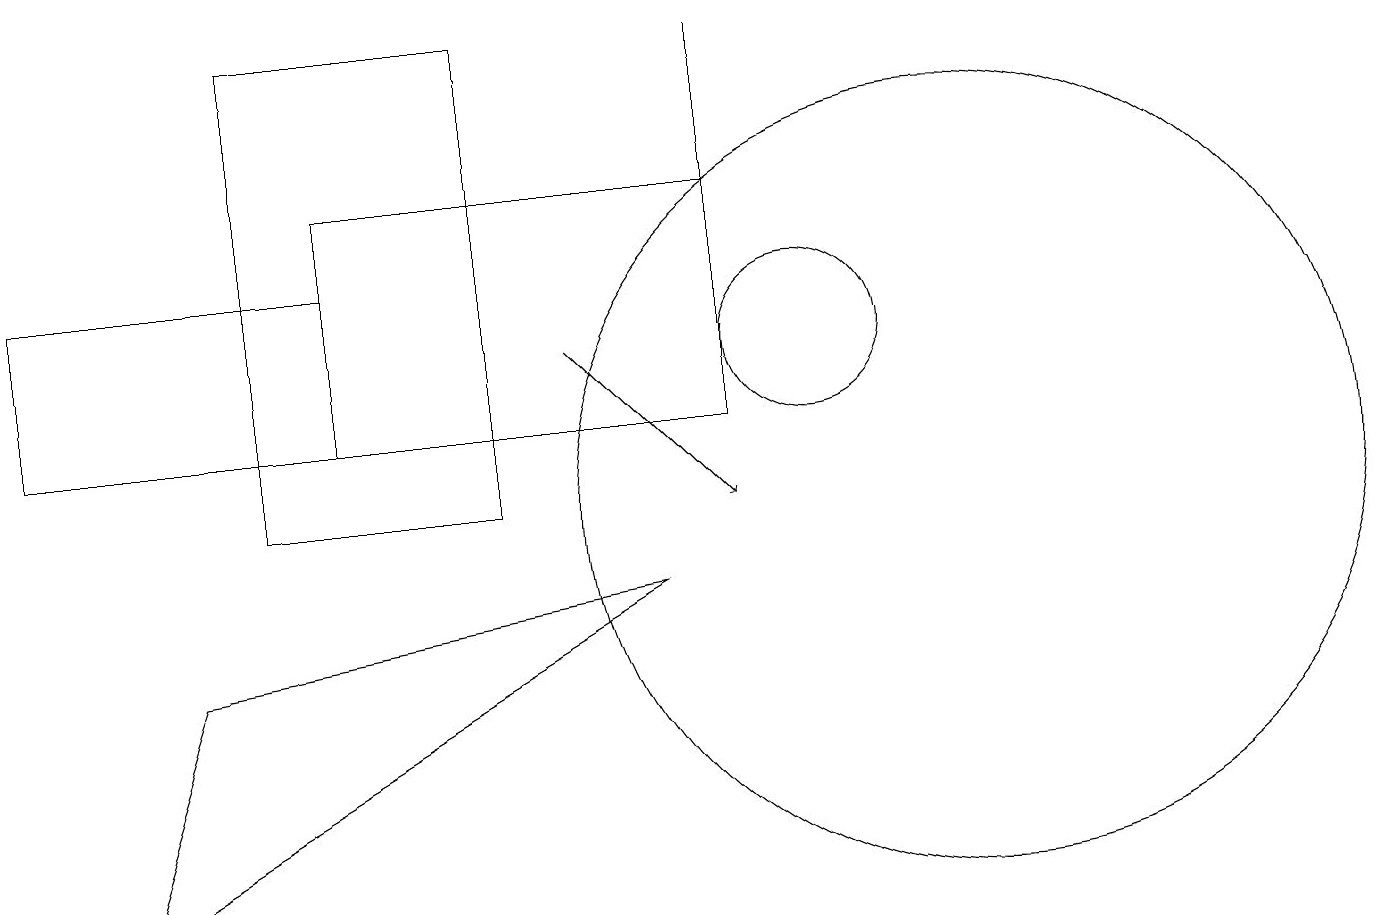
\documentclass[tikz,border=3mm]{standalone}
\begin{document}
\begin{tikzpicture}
\draw (0,13) rectangle (4,11);
\draw (8,9) -- (1,5) -- (2,8) -- cycle;
\draw (3,10) rectangle (6,16);
\draw (9,16) rectangle (9,13);
\draw (10,12) circle (1);
\draw (12,10) circle (5);
\draw[->] (7,12) -- (9,10);
\draw (9,14) rectangle (4,11);
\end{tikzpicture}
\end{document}